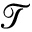
\mathcal { T }